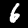
Label: 6